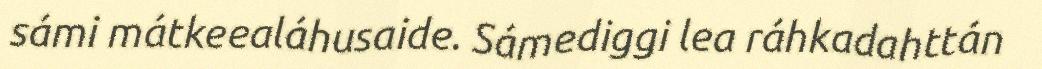
sámi mátkeealáhusaide. Sámediggi lea ráhkadahttán